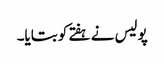
پولیس نے ہفتے کو بتایا۔